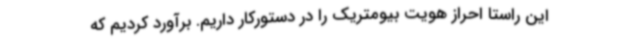
این راستا احراز هویت بیومتریک را در دستورکار داریم. برآورد کردیم که